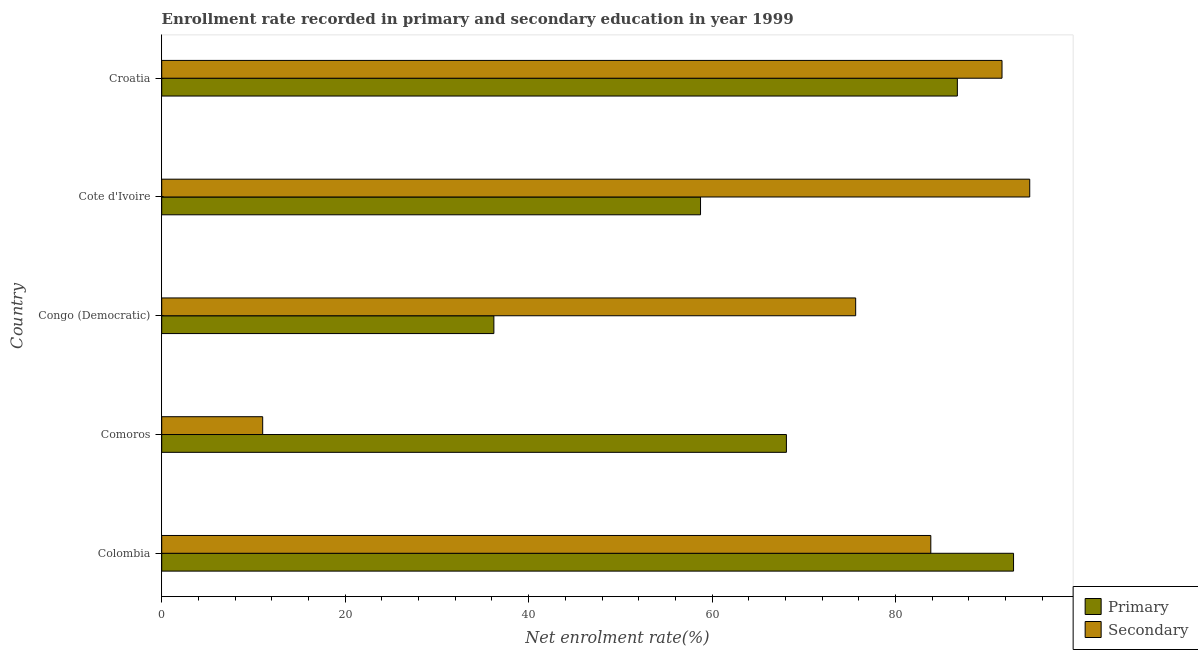
| Country | Primary | Secondary |
 | --- | --- | --- |
 | Colombia | 92.9 | 83.8 |
 | Comoros | 68.1 | 11 |
 | Congo (Democratic) | 36.2 | 75.7 |
 | Cote d'Ivoire | 58.7 | 94.6 |
 | Croatia | 86.7 | 91.6 |